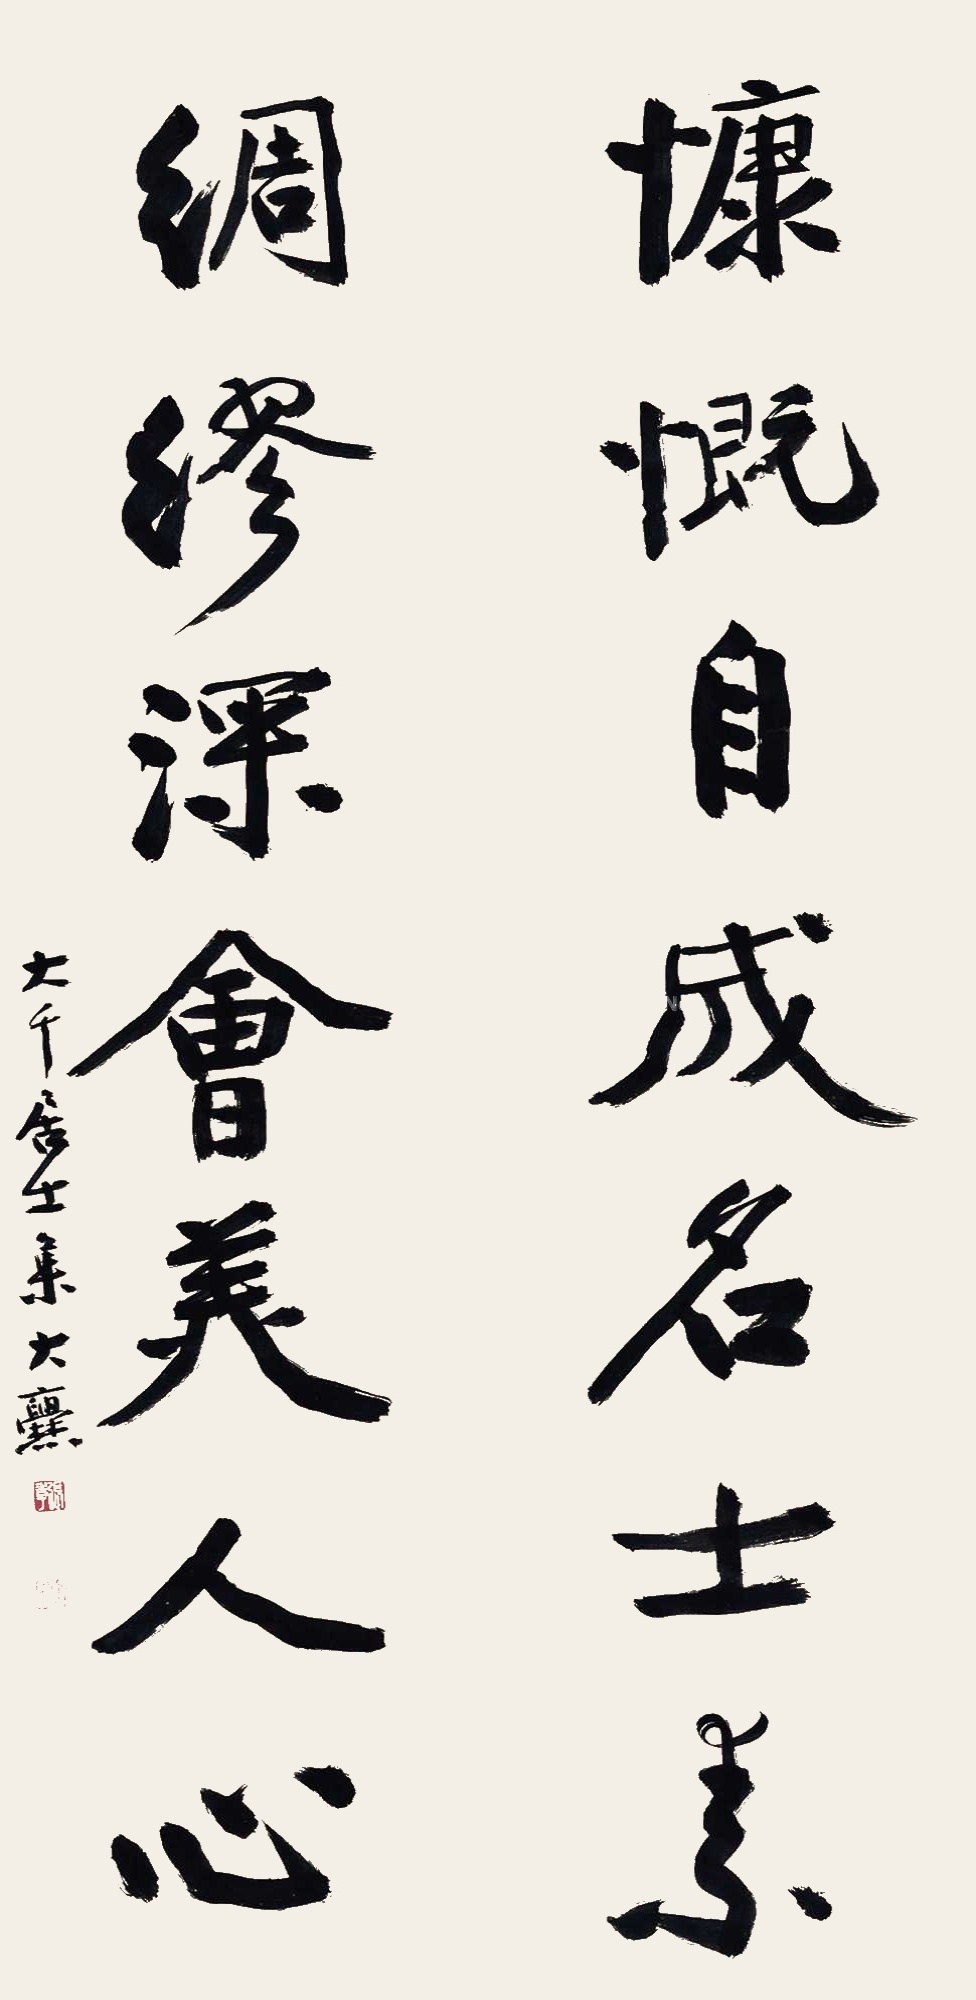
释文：慷慨自成名士素，绸缪深会美人心。大千居士集大爨。